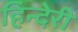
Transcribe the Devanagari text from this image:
हिन्देरी